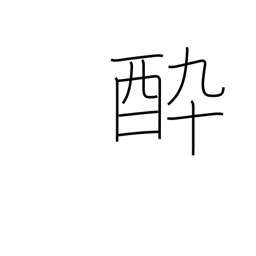
Meaning: spellbound